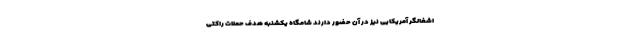
اشغالگر آمریکایی نیز در آن حضور دارند شامگاه یکشنبه هدف حملات راکتی